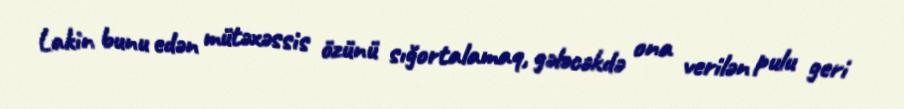
Lakin bunu edən mütəxəssis özünü sığortalamaq, gələcəkdə ona verilən pulu geri